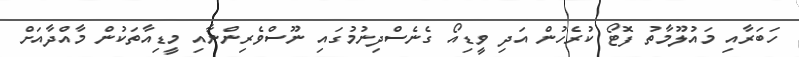
ހަބަރާއި މައުލޫމާތު ފޮޓޯ ކުރެހުން އަދި ވީޑިއޯ ގެނެސްދިނުމުގައި ނޫސްވެރިންނާއި މީޑިއާތަކުން މާއްދާއަށް